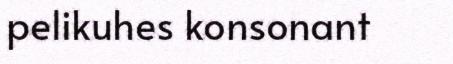
pelikuhes konsonant